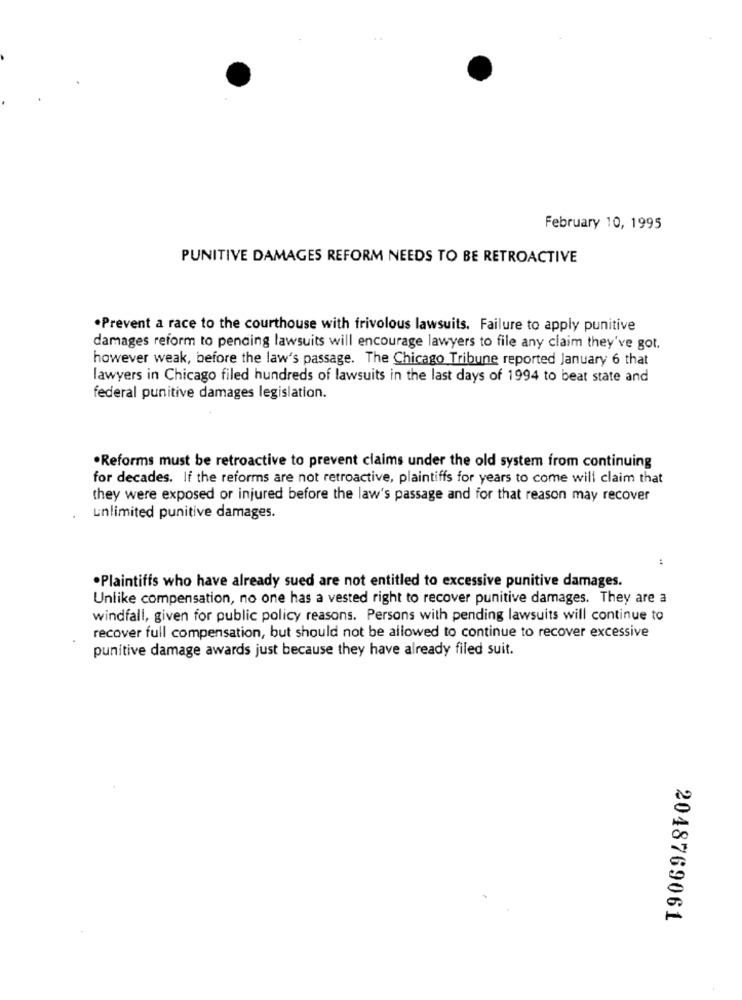
February 10, 1995
PUNITIVE DAMAGES REFORM NEEDS TO BE RETROACTIVE
.Prevent a race to the courthouse with frivolous lawsuits. Failure to apply punitive
damages reform to pending lawsuits will encourage lawyers to file any claim they've got.
however weak, before the law's passage. The Chicago Tribune reported January 6 that
lawyers in Chicago filed hundreds of lawsuits in the last days of 1994 to beat state and
federal punitive damages legislation.
.Reforms must be retroactive to prevent claims under the old system from continuing
for decades. If the reforms are not retroactive, plaintiffs for years to come will claim that
they were exposed or injured before the law's passage and for that reason may recover
unlimited punitive damages.
.Plaintiffs who have already sued are not entitled to excessive punitive damages.
Unlike compensation, no one has a vested right to recover punitive damages. They are a
windfall, given for public policy reasons. Persons with pending lawsuits will continue to
recover full compensation, but should not be allowed to continue to recover excessive
punitive damage awards just because they have already filed suit.
2048769061